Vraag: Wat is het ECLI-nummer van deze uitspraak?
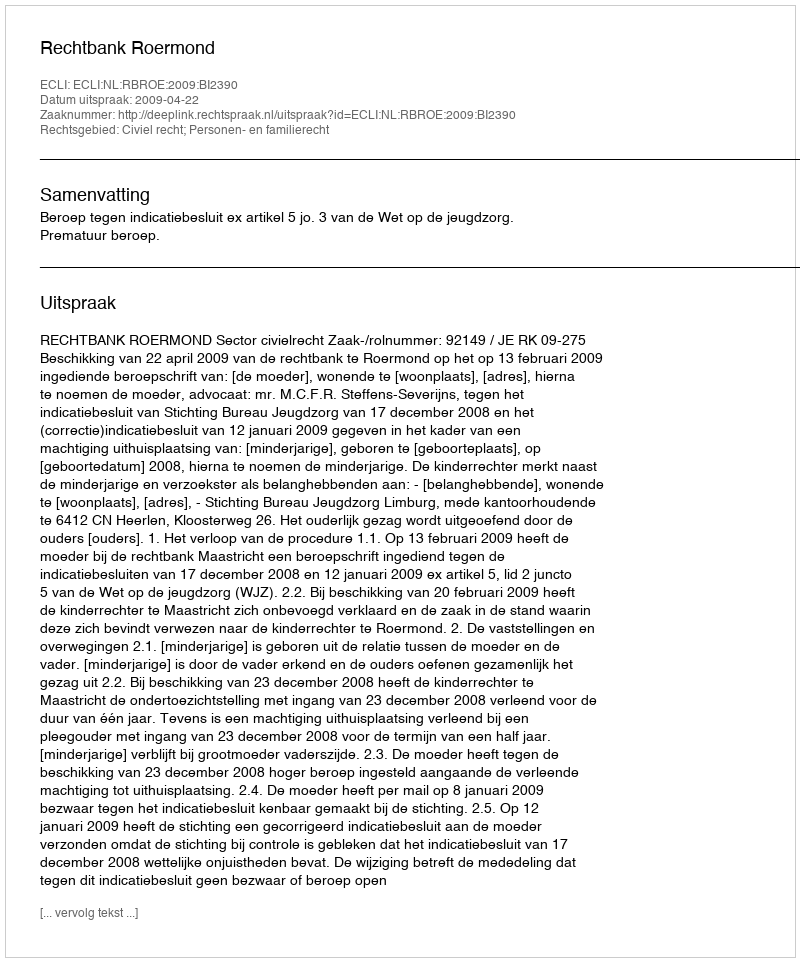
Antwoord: ECLI:NL:RBROE:2009:BI2390